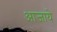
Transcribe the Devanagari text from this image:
आजाये